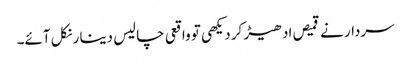
سردار نے قمیص ادھیڑ کر دیکھی تو واقعی چالیس دینا ر نکل آئے۔